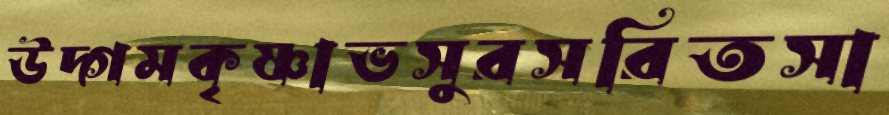
উদ্গমকৃষ্ণাভসুরসরিতসা